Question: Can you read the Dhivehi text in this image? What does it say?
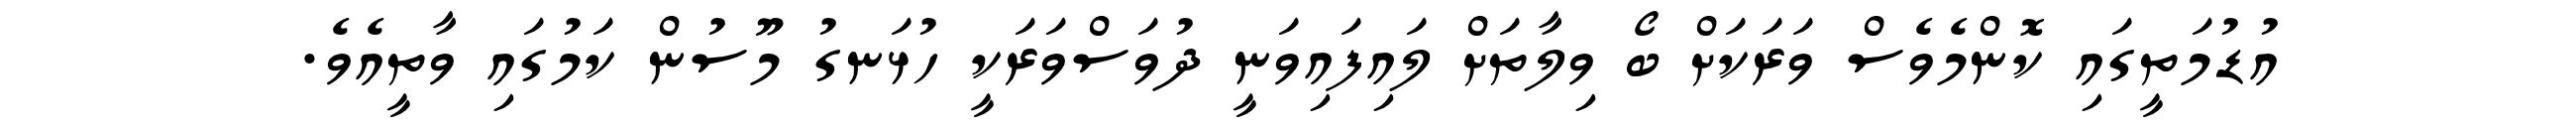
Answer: އުޑުމަތީގައި ކޮންމެވެސް ވަރަކަށް ބޯ ވިލާތަށް ލައިފައިވަނީ ދުވަސްވަރަކީ ހުޅަނގު މޫސުން ކަމުގައި ވާތީއެވެ.